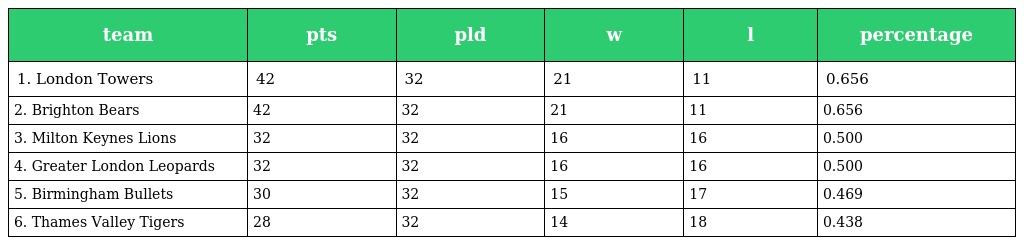
| team | pts | pld | w | l | percentage |
 | --- | --- | --- | --- | --- | --- |
 | 1. London Towers | 42 | 32 | 21 | 11 | 0.656 |
 | 2. Brighton Bears | 42 | 32 | 21 | 11 | 0.656 |
 | 3. Milton Keynes Lions | 32 | 32 | 16 | 16 | 0.500 |
 | 4. Greater London Leopards | 32 | 32 | 16 | 16 | 0.500 |
 | 5. Birmingham Bullets | 30 | 32 | 15 | 17 | 0.469 |
 | 6. Thames Valley Tigers | 28 | 32 | 14 | 18 | 0.438 |